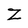
Character: Z